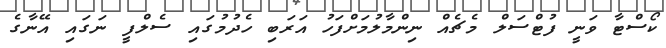
ކޯސްޓާ ވަނީ ފުޓްސަލް މެޗެއް ނިންމާލުމަށްފަހު އަރަބި ހެދުމުގައި ސެލްފީ ނަގައި އޭނާގެ